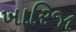
ખારિજા